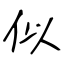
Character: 似